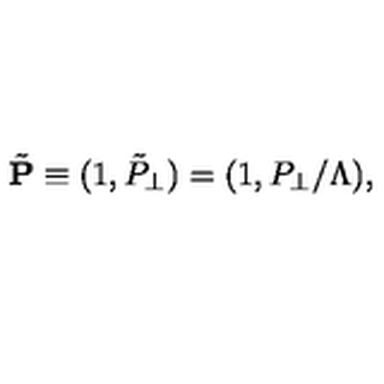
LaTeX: \tilde { \bf P } \equiv ( 1 , \tilde { P } _ { \perp } ) = ( 1 , P _ { \perp } / \Lambda ) ,